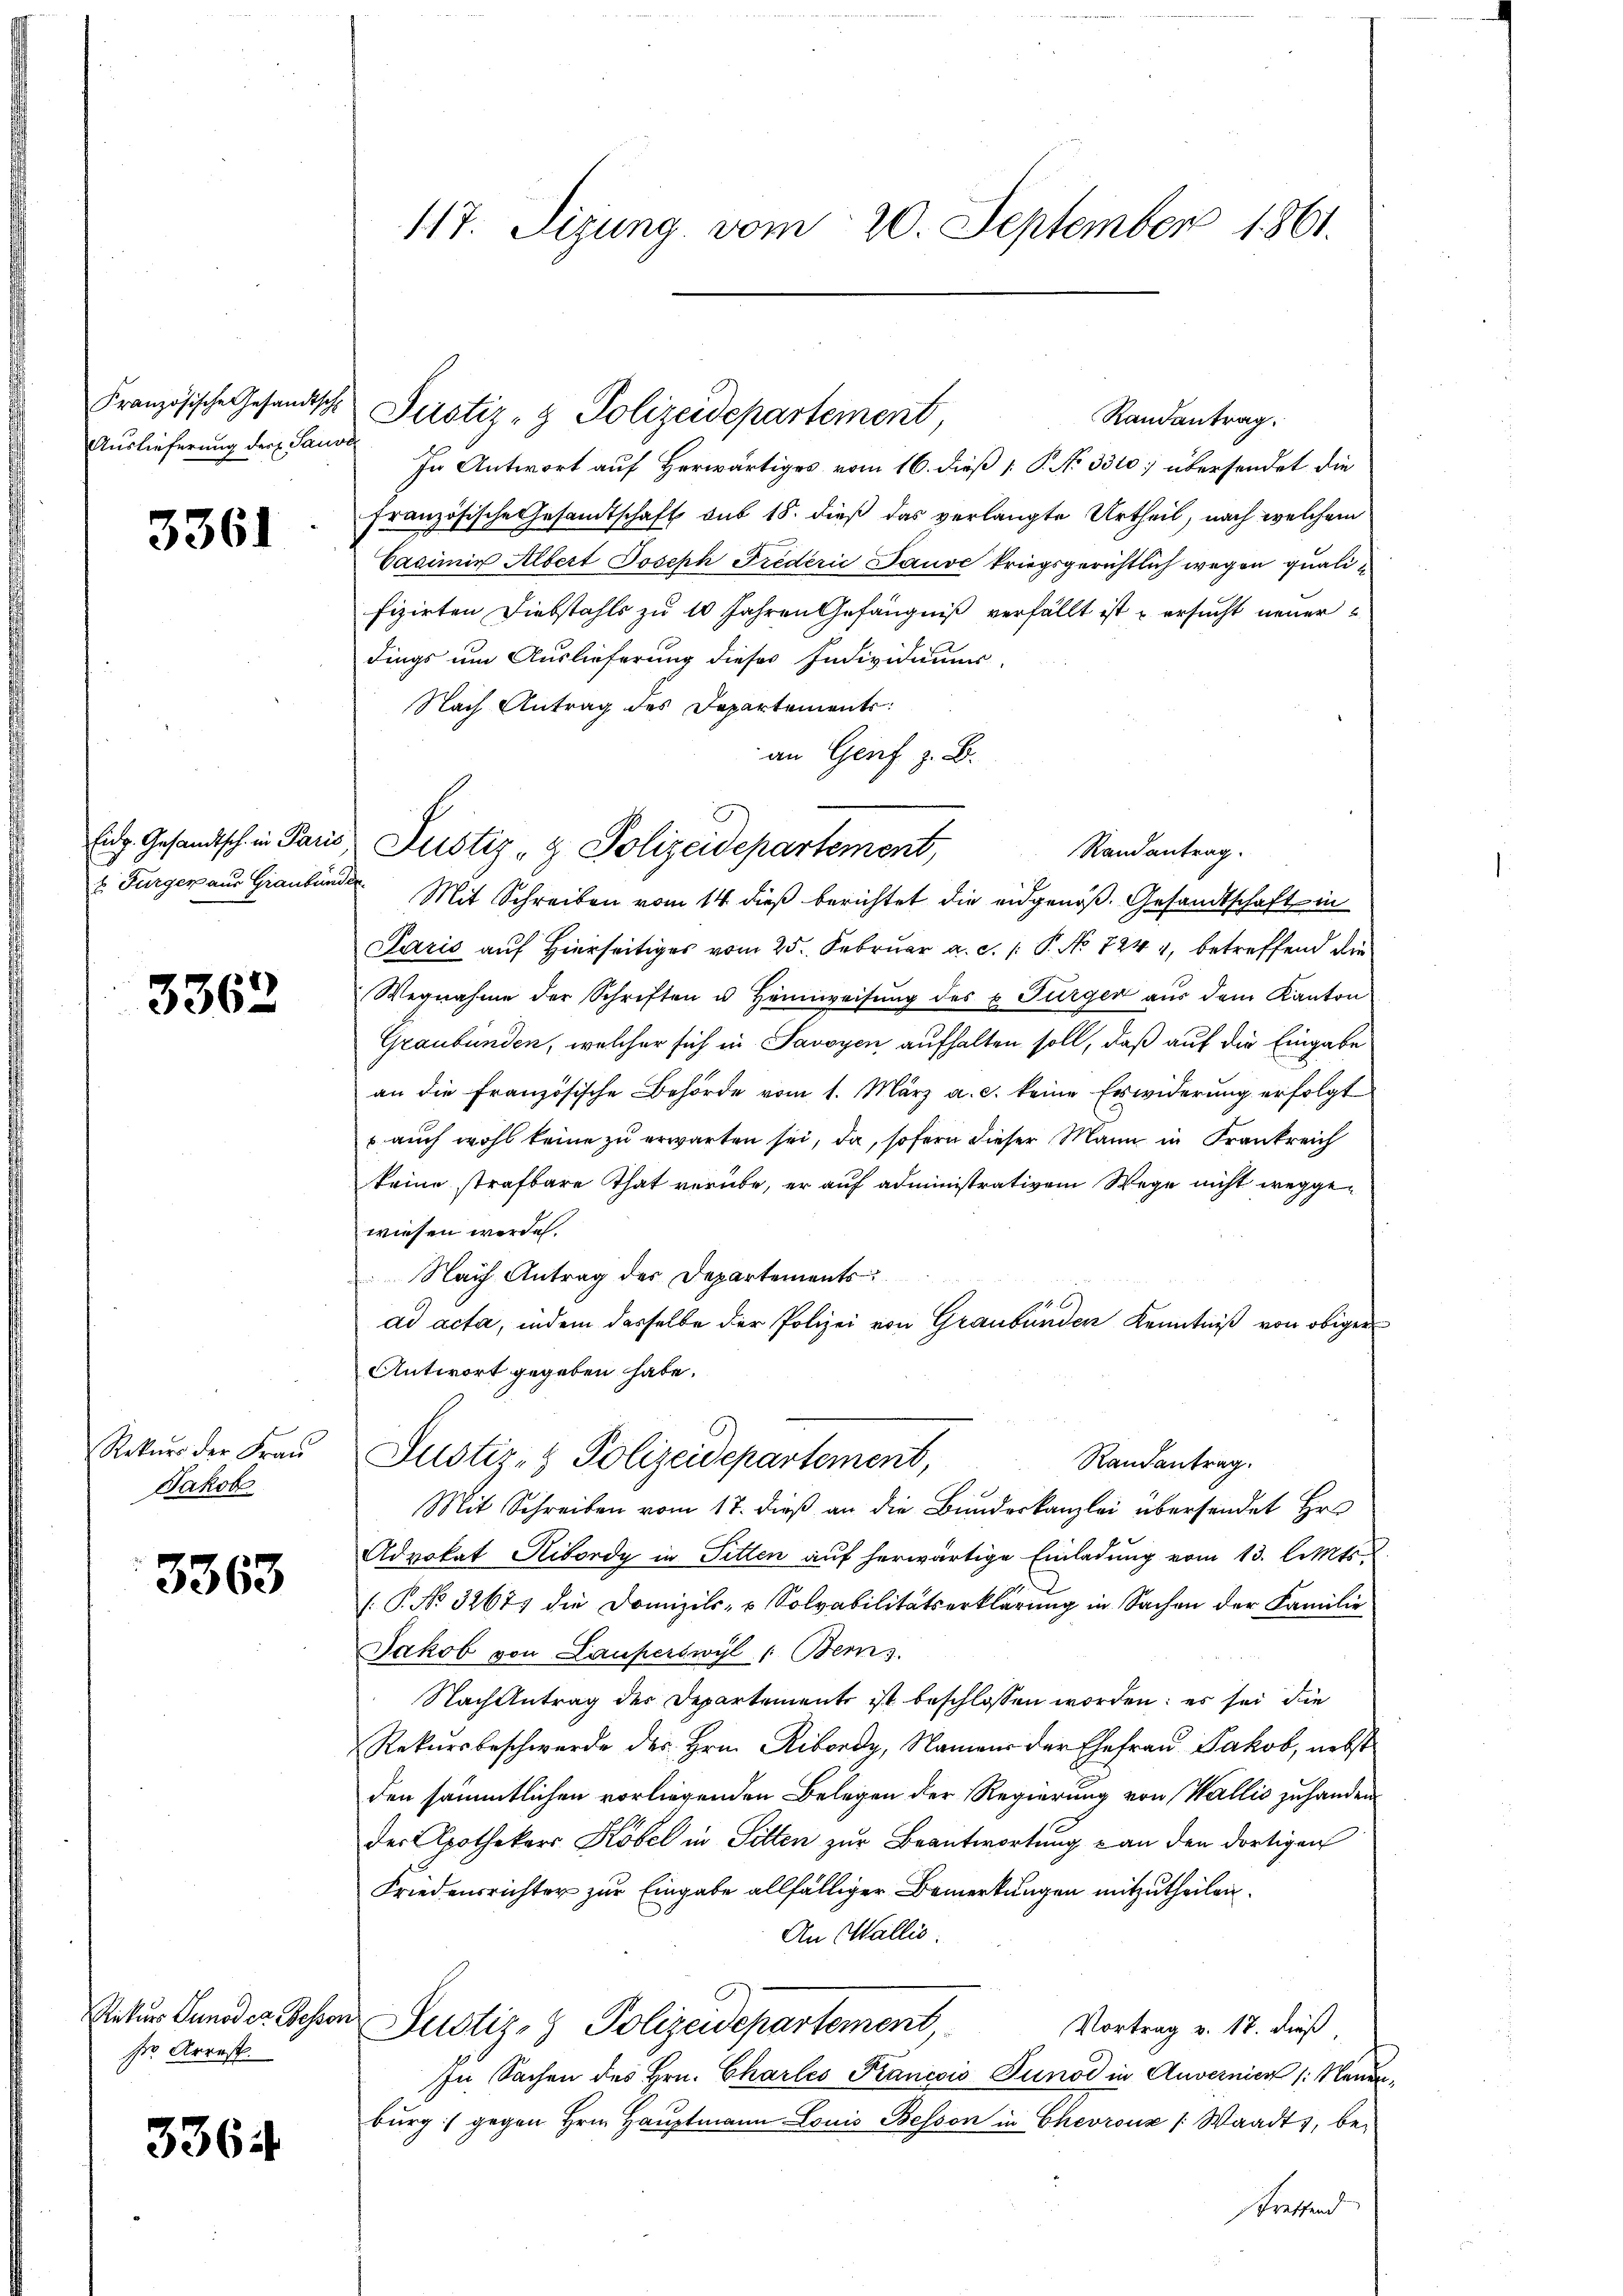
Französische Gesandtsche
Auslieferung der Saus

3361

Eidg. Gesandtsch in Paris

3362

Rekurs der Frau
Jakob

3363

Rekurs Punoder Besse
srr Arrest.

3364

117. Sizung vom 20. September 1861.

Randantrag.
In Antwort auf Herwärtiges vom 16. dieß [P. No 3310; übersendet die
Französische Gesandtschaft sub 18. dieß das verlangte Urtheil, nach welchem
Casimir Albert Joseph Frederić Pause kriegsgerichtlich wegen qualifizirten Diebstahls zu 10 Jahren Gefängniß verfällt ist u ersucht neuer
dings um Auslieferung dieses Individiums-
Nach Antrag des Departements:
an Genf z. B.
u. Furger aus Grauben. Mit Schreiben vom 14. dieβ berichtet die eidgenoß. Gesandtschaft in
Paris auf Hierseitiges vom 25. Februar a. c. /: P. No 724 4, betreffend die
Wegnahme der Schriften u Heimweisung des u. Turger aus dem Kanton
Graubünden, welcher sich in Savoyen aufhalten soll, daß auf die Eingabe
an die Französische Behörde vom 1. März a. c. keine Erwiderung erfolgt
 auch wohl keine zu erwarten sei, da, sofern dieser Mann in Frankreich
keine strafbare That verübe, er auf administrativem Wege nicht weggewiesen werden.
Nach Antrag des Departements
ad acta, indem dasselbe der Polizei von Graubünden Kenntniß von obiger
Antwort gegeben habe.
Justiz- & Polizeidepartement,
Randantrag.
Mit Schreiben vom 17. dieß an die Bunderkanzlei übersendet Hrn
Advokat Ribordy in Sitten auf herwärtige Einladung vom 13. l. Mts.
.P. No. 3267 die Domizil- u Solvabilitätserklärŭng in Sachen der Familie
Jakob von Lauperswyl /: Bem
Nach Antrag der Departements ist beschlossen worden: es sei die
Rekursbeschwerde des Hrn. Ribordy, Namen der Ehefrau Jakob, nebst
den sämmtlichen vorliegenden Belegen der Regierung von Wallis zuhanden
der Apothekars Köbel in Sitten zur Beantwortung & an den dortigen
Friedensrichter zur Eingabe allfälliger Bemerkungen mitzutheilen.
An Wallis.
¬
Justiz- & Polizeidepartement
Vortrag v. 18. dieß,
In Sachen des Hrn. Chartes Krancois Tunod in Anvernicz /: Neuenburg gegen Hrn. Hauptmann Louis Besson in Chevrouz /: Waadt, bestreffend

Justiz- & Polizeidepartement,

Justiz- & Polizeidepartement,

Randantrag.